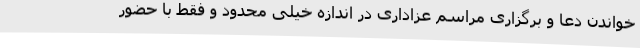
خواندن دعا و برگزاری مراسم عزاداری در اندازه خیلی محدود و فقط با حضور